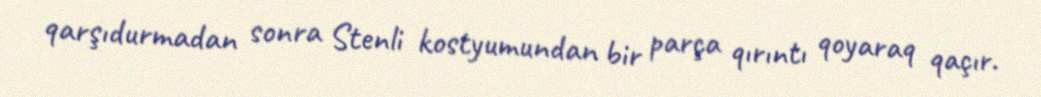
qarşıdurmadan sonra Stenli kostyumundan bir parça qırıntı qoyaraq qaçır.